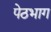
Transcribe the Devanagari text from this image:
पेठभाग